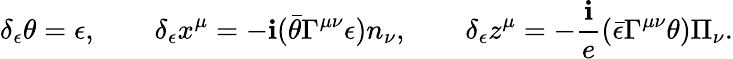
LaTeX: \delta_{\epsilon}\theta=\epsilon,\qquad\delta_{\epsilon}x^{\mu}=-\mathbf{i}(\bar{{\theta}}\Gamma^{\mu\nu}\epsilon)n_{\nu},\qquad\delta_{\epsilon}z^{\mu}=-\frac{{\mathbf{i}}}{{e}}(\bar{{\epsilon}}\Gamma^{\mu\nu}\theta)\Pi_{\nu}.